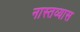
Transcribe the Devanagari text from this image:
नास्तव्यास